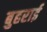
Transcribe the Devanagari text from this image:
बुहराई